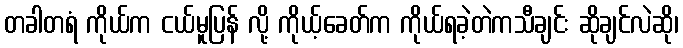
တခါတရံ ကိုယ်က ငယ်မူပြန် လို့ ကိုယ့်ခေတ်က ကိုယ်ရခဲ့တဲကသီချင်း ဆိုချင်လဲဆို၊